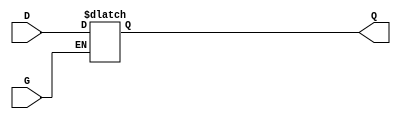
`timescale 1ns / 1ps
////////////////////////////////////////////////////////
// Rapid Silicon Raptor Example Design                //
// and2_verilog                                       //
// and2.v - Top-level file of simple 2-input AND gate //
////////////////////////////////////////////////////////

module Llatch( input D, input G, output reg Q);

always @*
  if (G == 1'b1)
    Q <= D;
  else
    Q<=Q;
   
endmodule

module and2 (
  input a,
  input b,
  input clk,
  input reset,
  output reg c = 1'b0,
  output wire Q
);

  reg a_reg, b_reg  = 1'b0;

   Llatch my (a,b, Q);
   
   
   
  always@(posedge clk)
    if (reset) begin
      a_reg <= 1'b0;
      b_reg <= 1'b0;
      c     <= 1'b0;
    end else begin
      a_reg <= a;
      b_reg <= b;
      c     <= a_reg & b_reg;
    end

endmodule